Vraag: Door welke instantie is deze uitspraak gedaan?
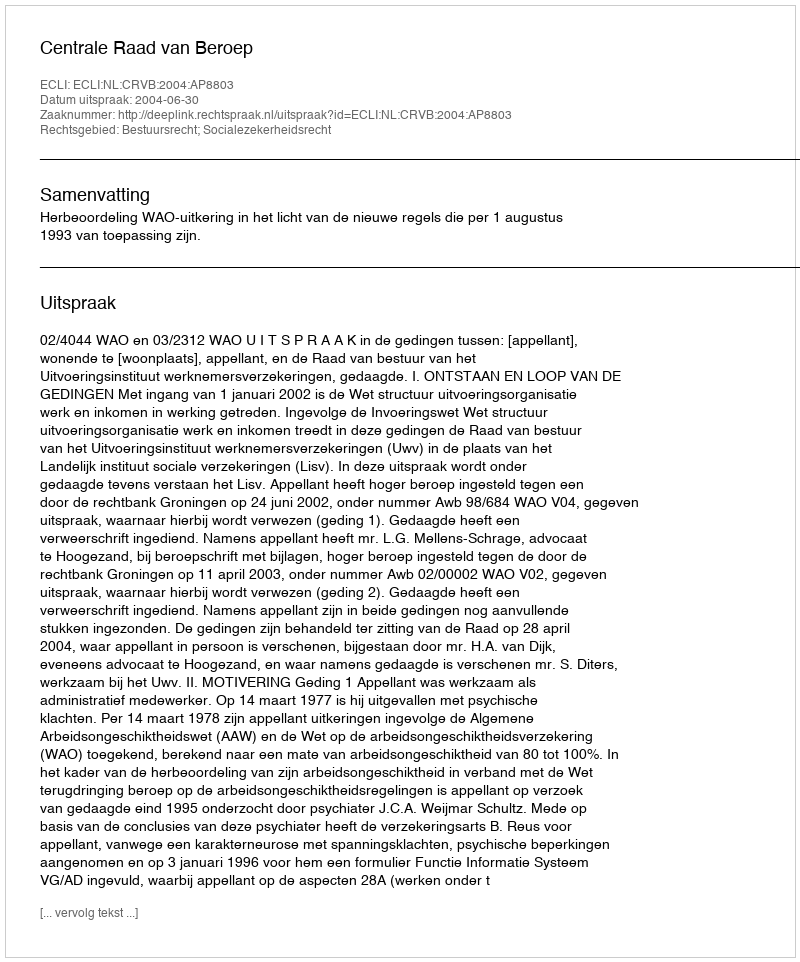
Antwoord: Centrale Raad van Beroep